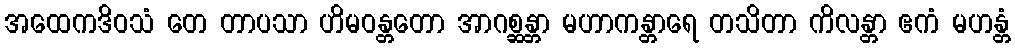
အထေကဒိဝသံ တေ တာပသာ ဟိမဝန္တတော အာဂစ္ဆန္တာ မဟာကန္တာရေ တသိတာ ကိလန္တာ ဧကံ မဟန္တံ